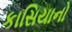
કાસિયાનો